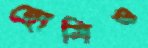
হোমিও